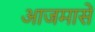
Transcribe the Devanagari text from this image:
आजमासें